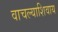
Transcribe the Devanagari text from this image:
वाचल्याशिवाय